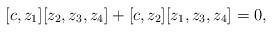
LaTeX: \begin{align*}[c, z_1] [z_2, z_3, z_4] + [c, z_2] [z_1, z_3, z_4] = 0, \end{align*}